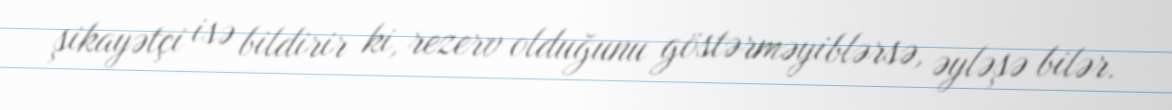
şikayətçi isə bildirir ki, rezerv olduğunu göstərməyiblərsə, əyləşə bilər.